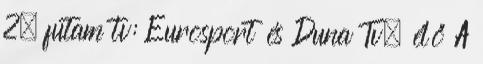
2. futam tv: Eurosport és Duna Tv, élő A